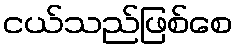
ငယ်သည်ဖြစ်စေ